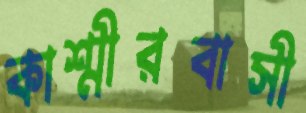
কাশ্মীরবাসী